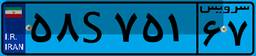
۷۳S۴۴۹۸۵